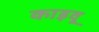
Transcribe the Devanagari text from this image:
काइवू